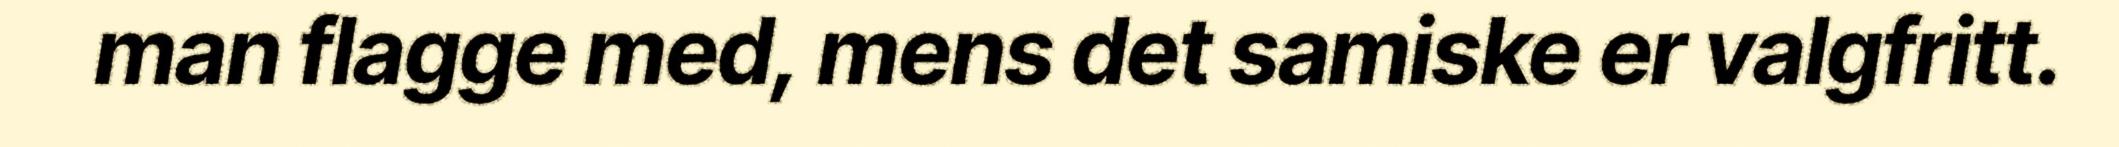
man flagge med, mens det samiske er valgfritt.